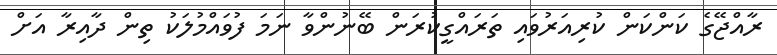
ރާއްޖޭގެ ކަންކަން ކުރިއަރުވައި ތަރައްގީކުރަން ބޭނުންވާ ނަމަ ފުވައްމުލަކު ތިން ދާއިރާ އަށް